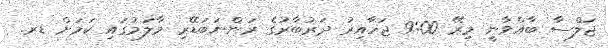
ޖަލްސާ ބާއްވާނީ މިރޭ 9:00 ޖަހާއިރު ދަރުބާރުގެ ރަންނަބަޑޭރި މާލަމުގައި ކަމަށް ޑރ.